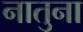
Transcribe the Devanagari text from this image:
नातुना